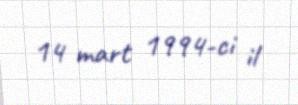
14 mart 1994-ci il